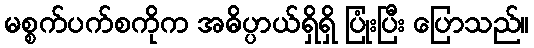
မစ္စက်ပက်စကိုက အဓိပ္ပာယ်ရှိရှိ ပြုံးပြီး ပြောသည်။